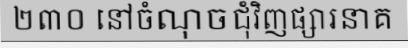
២៣០ នៅចំណុចជុំវិញផ្សារនាគ